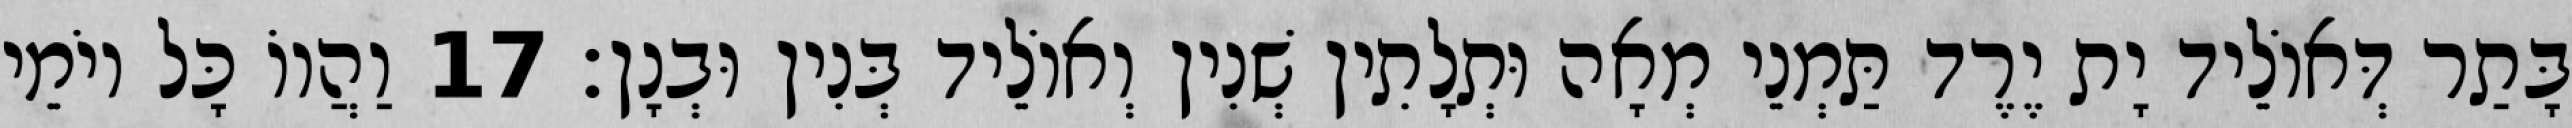
בָּתַר דְּאוֹלֵיד יָת יֶרֶד תַּמְנֵי מְאָה וּתְלָתִין שְׁנִין וְאוֹלֵיד בְּנִין וּבְנָן׃ 17 וַהֲווֹ כָּל יוֹמֵי